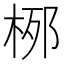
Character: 𪲐